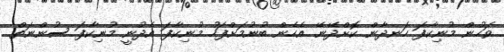
ވަހުން މުނިކާފަ ހަނދާން ކޮށްދޭނޭ. އެހެން ބުނުމަށްފަހު މުނިކާފަ އެދުނީ މުނިކާފަ ސުންނަތް